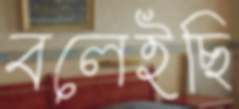
বলেইছি